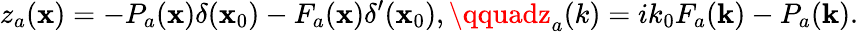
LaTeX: z_{a}(\mathbf{x})=-P_{a}({\mathbf{\mathbf{x}}})\delta(\mathbf{x}_{0})-F_{a}({\mathbf{\mathbf{x}}})\delta^{\prime}(\mathbf{x}_{0}),\qquadz_{a}(k)=ik_{0}F_{a}({\mathbf{k}})-P_{a}({\mathbf{k}}).